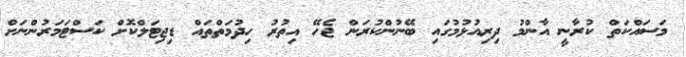
މަސައްކަތް ކުރާނީ އާންމު ދިރިއުޅުމުގައި ބޭނުންކުރަން ޖެހޭ އިތުރު ހިދުމަތްތައް ޑިޖިޓަލްކޮށް ކަސްޓަމަރުންނަށް